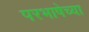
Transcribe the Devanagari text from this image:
परभाषेच्या